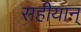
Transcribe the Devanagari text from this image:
सहीयान्